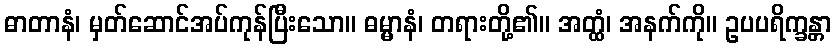
ဓာတာနံ၊ မှတ်ဆောင်အပ်ကုန်ပြီးသော။ ဓမ္မာနံ၊ တရားတို့၏။ အတ္ထံ၊ အနက်ကို။ ဥပပရိက္ခန္တာ